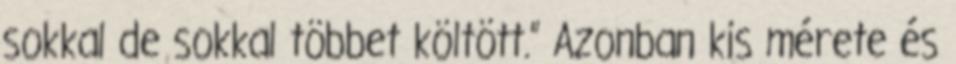
sokkal de sokkal többet költött.” Azonban kis mérete és